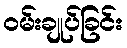
ဝမ်းချုပ်ခြင်း